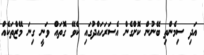
އަދި ސިމެންތި ބޭނުން ކޮށްގެން އެސަރަހައްދުގައި ކެވޭ ގޮތައް ވަނީ ގިނަ މޭޒްތަކެއް